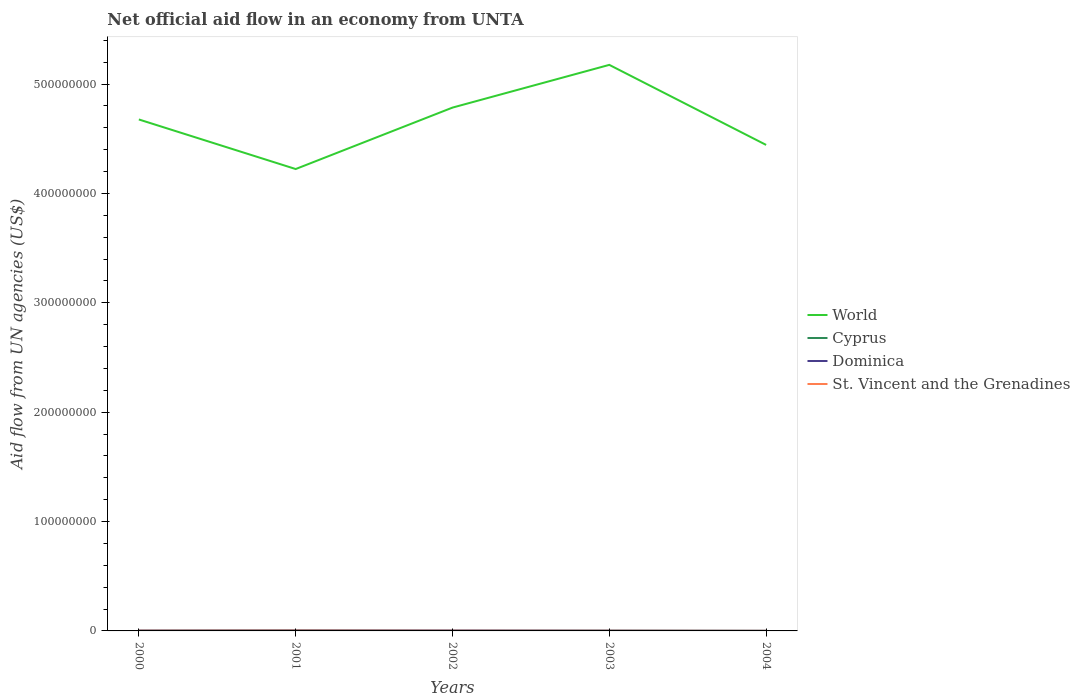
| Years | World | Cyprus | Dominica | St. Vincent and the Grenadines |
 | --- | --- | --- | --- | --- |
 | 2000 | 4.68e+08 | 1.7e+05 | 2.8e+05 | 1.6e+05 |
 | 2001 | 4.22e+08 | 3.4e+05 | 3.8e+05 | 2.6e+05 |
 | 2002 | 4.78e+08 | 1.4e+05 | 3.4e+05 | 1.6e+05 |
 | 2003 | 5.18e+08 | 1.7e+05 | 2.2e+05 | 1.2e+05 |
 | 2004 | 4.44e+08 | 7e+04 | 8e+04 | 4e+04 |